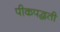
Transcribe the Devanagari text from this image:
पीकपद्धती